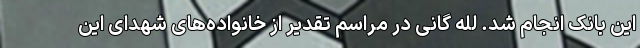
این بانک انجام شد. لله‌ گانی در مراسم تقدیر از خانواده‌های شهدای این